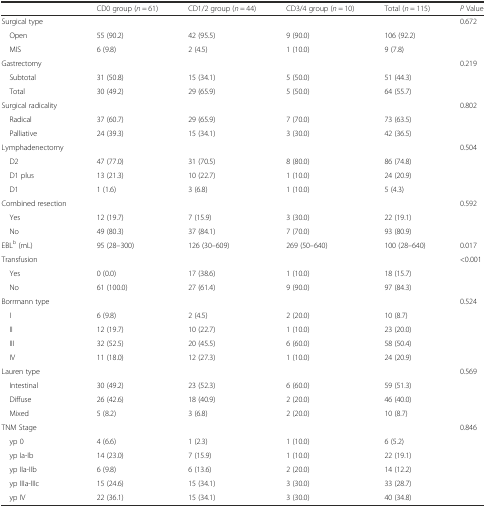
<table><thead><tr><td></td><td><b>CD0 group (<i>n</i> = 61)</b></td><td><b>CD1/2 group (<i>n</i> = 44)</b></td><td><b>CD3/4 group (<i>n</i> = 10)</b></td><td><b>Total (<i>n</i> = 115)</b></td><td><b><i>P</i> Value</b></td></tr></thead><tbody><tr><td>Surgical type</td><td></td><td></td><td></td><td></td><td>0.672</td></tr><tr><td>Open</td><td>55 (90.2)</td><td>42 (95.5)</td><td>9 (90.0)</td><td>106 (92.2)</td><td></td></tr><tr><td>MIS</td><td>6 (9.8)</td><td>2 (4.5)</td><td>1 (10.0)</td><td>9 (7.8)</td><td></td></tr><tr><td>Gastrectomy</td><td></td><td></td><td></td><td></td><td>0.219</td></tr><tr><td>Subtotal</td><td>31 (50.8)</td><td>15 (34.1)</td><td>5 (50.0)</td><td>51 (44.3)</td><td></td></tr><tr><td>Total</td><td>30 (49.2)</td><td>29 (65.9)</td><td>5 (50.0)</td><td>64 (55.7)</td><td></td></tr><tr><td>Surgical radicality</td><td></td><td></td><td></td><td></td><td>0.802</td></tr><tr><td>Radical</td><td>37 (60.7)</td><td>29 (65.9)</td><td>7 (70.0)</td><td>73 (63.5)</td><td></td></tr><tr><td>Palliative</td><td>24 (39.3)</td><td>15 (34.1)</td><td>3 (30.0)</td><td>42 (36.5)</td><td></td></tr><tr><td>Lymphadenectomy</td><td></td><td></td><td></td><td></td><td>0.504</td></tr><tr><td>D2</td><td>47 (77.0)</td><td>31 (70.5)</td><td>8 (80.0)</td><td>86 (74.8)</td><td></td></tr><tr><td>D1 plus</td><td>13 (21.3)</td><td>10 (22.7)</td><td>1 (10.0)</td><td>24 (20.9)</td><td></td></tr><tr><td>D1</td><td>1 (1.6)</td><td>3 (6.8)</td><td>1 (10.0)</td><td>5 (4.3)</td><td></td></tr><tr><td>Combined resection</td><td></td><td></td><td></td><td></td><td>0.592</td></tr><tr><td>Yes</td><td>12 (19.7)</td><td>7 (15.9)</td><td>3 (30.0)</td><td>22 (19.1)</td><td></td></tr><tr><td>No</td><td>49 (80.3)</td><td>37 (84.1)</td><td>7 (70.0)</td><td>93 (80.9)</td><td></td></tr><tr><td>EBL<sup>b</sup> (mL)</td><td>95 (28–300)</td><td>126 (30–609)</td><td>269 (50–640)</td><td>100 (28–640)</td><td>0.017</td></tr><tr><td>Transfusion</td><td></td><td></td><td></td><td></td><td>&lt;0.001</td></tr><tr><td>Yes</td><td>0 (0.0)</td><td>17 (38.6)</td><td>1 (10.0)</td><td>18 (15.7)</td><td></td></tr><tr><td>No</td><td>61 (100.0)</td><td>27 (61.4)</td><td>9 (90.0)</td><td>97 (84.3)</td><td></td></tr><tr><td>Borrmann type</td><td></td><td></td><td></td><td></td><td>0.524</td></tr><tr><td>I</td><td>6 (9.8)</td><td>2 (4.5)</td><td>2 (20.0)</td><td>10 (8.7)</td><td></td></tr><tr><td>II</td><td>12 (19.7)</td><td>10 (22.7)</td><td>1 (10.0)</td><td>23 (20.0)</td><td></td></tr><tr><td>III</td><td>32 (52.5)</td><td>20 (45.5)</td><td>6 (60.0)</td><td>58 (50.4)</td><td></td></tr><tr><td>IV</td><td>11 (18.0)</td><td>12 (27.3)</td><td>1 (10.0)</td><td>24 (20.9)</td><td></td></tr><tr><td>Lauren type</td><td></td><td></td><td></td><td></td><td>0.569</td></tr><tr><td>Intestinal</td><td>30 (49.2)</td><td>23 (52.3)</td><td>6 (60.0)</td><td>59 (51.3)</td><td></td></tr><tr><td>Diffuse</td><td>26 (42.6)</td><td>18 (40.9)</td><td>2 (20.0)</td><td>46 (40.0)</td><td></td></tr><tr><td>Mixed</td><td>5 (8.2)</td><td>3 (6.8)</td><td>2 (20.0)</td><td>10 (8.7)</td><td></td></tr><tr><td>TNM Stage</td><td></td><td></td><td></td><td></td><td>0.846</td></tr><tr><td>yp 0</td><td>4 (6.6)</td><td>1 (2.3)</td><td>1 (10.0)</td><td>6 (5.2)</td><td></td></tr><tr><td>yp Ia-Ib</td><td>14 (23.0)</td><td>7 (15.9)</td><td>1 (10.0)</td><td>22 (19.1)</td><td></td></tr><tr><td>yp IIa-IIb</td><td>6 (9.8)</td><td>6 (13.6)</td><td>2 (20.0)</td><td>14 (12.2)</td><td></td></tr><tr><td>yp IIIa-IIIc</td><td>15 (24.6)</td><td>15 (34.1)</td><td>3 (30.0)</td><td>33 (28.7)</td><td></td></tr><tr><td>yp IV</td><td>22 (36.1)</td><td>15 (34.1)</td><td>3 (30.0)</td><td>40 (34.8)</td><td></td></tr></tbody></table>